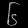
Digit: ၆